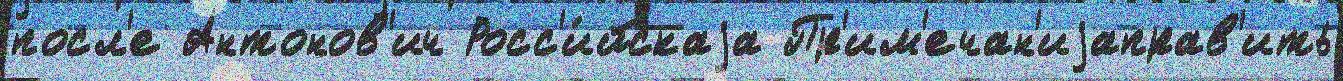
посл'е Антонов'ич Росс'и́йскаjа Пр'им'ечан'иjаправ'ить